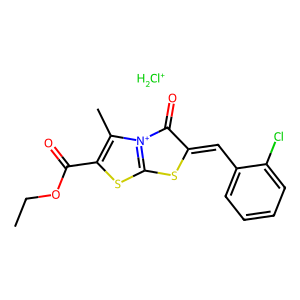
SMILES: CCOC(=O)c1sc2[n+](c1C)C(=O)C(=Cc1ccccc1Cl)S2.[ClH2+]
Inhibits HIV replication: No